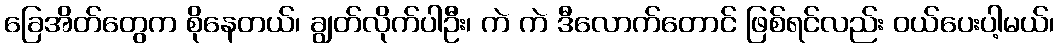
ခြေအိတ်တွေက စိုနေတယ်၊ ချွတ်လိုက်ပါဦး၊ ကဲ ကဲ ဒီလောက်တောင် ဖြစ်ရင်လည်း ဝယ်ပေးပါ့မယ်၊